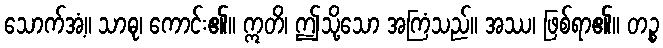
သောက်အံ့။ သာဓု၊ ကောင်း၏။ ဣတိ၊ ဤသို့သော အကြံသည်။ အဿ၊ ဖြစ်ရာ၏။ တဉ္စ